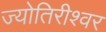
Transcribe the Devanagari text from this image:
ज्योतिरीश्‍वर